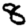
Digit: 8